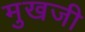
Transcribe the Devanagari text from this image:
मुखजी